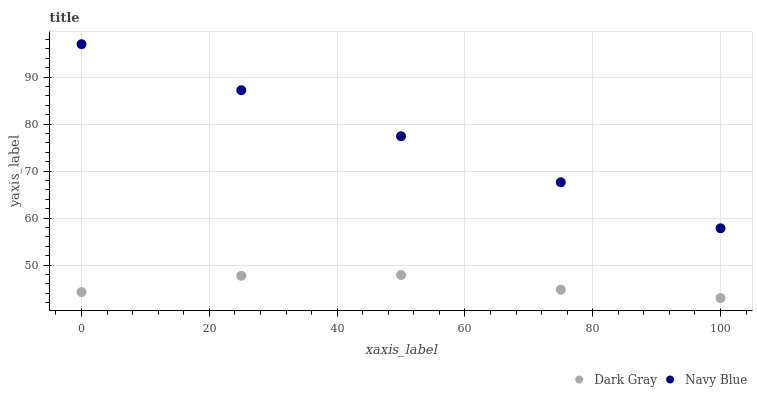
| xaxis_label | Dark Gray | Navy Blue |
 | --- | --- | --- |
 | 0 | 44.3 | 97 |
 | 25 | 47.7 | 87.2 |
 | 50 | 47.9 | 77.4 |
 | 75 | 44.8 | 67.6 |
 | 100 | 43 | 57.8 |